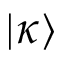
| \kappa \rangle